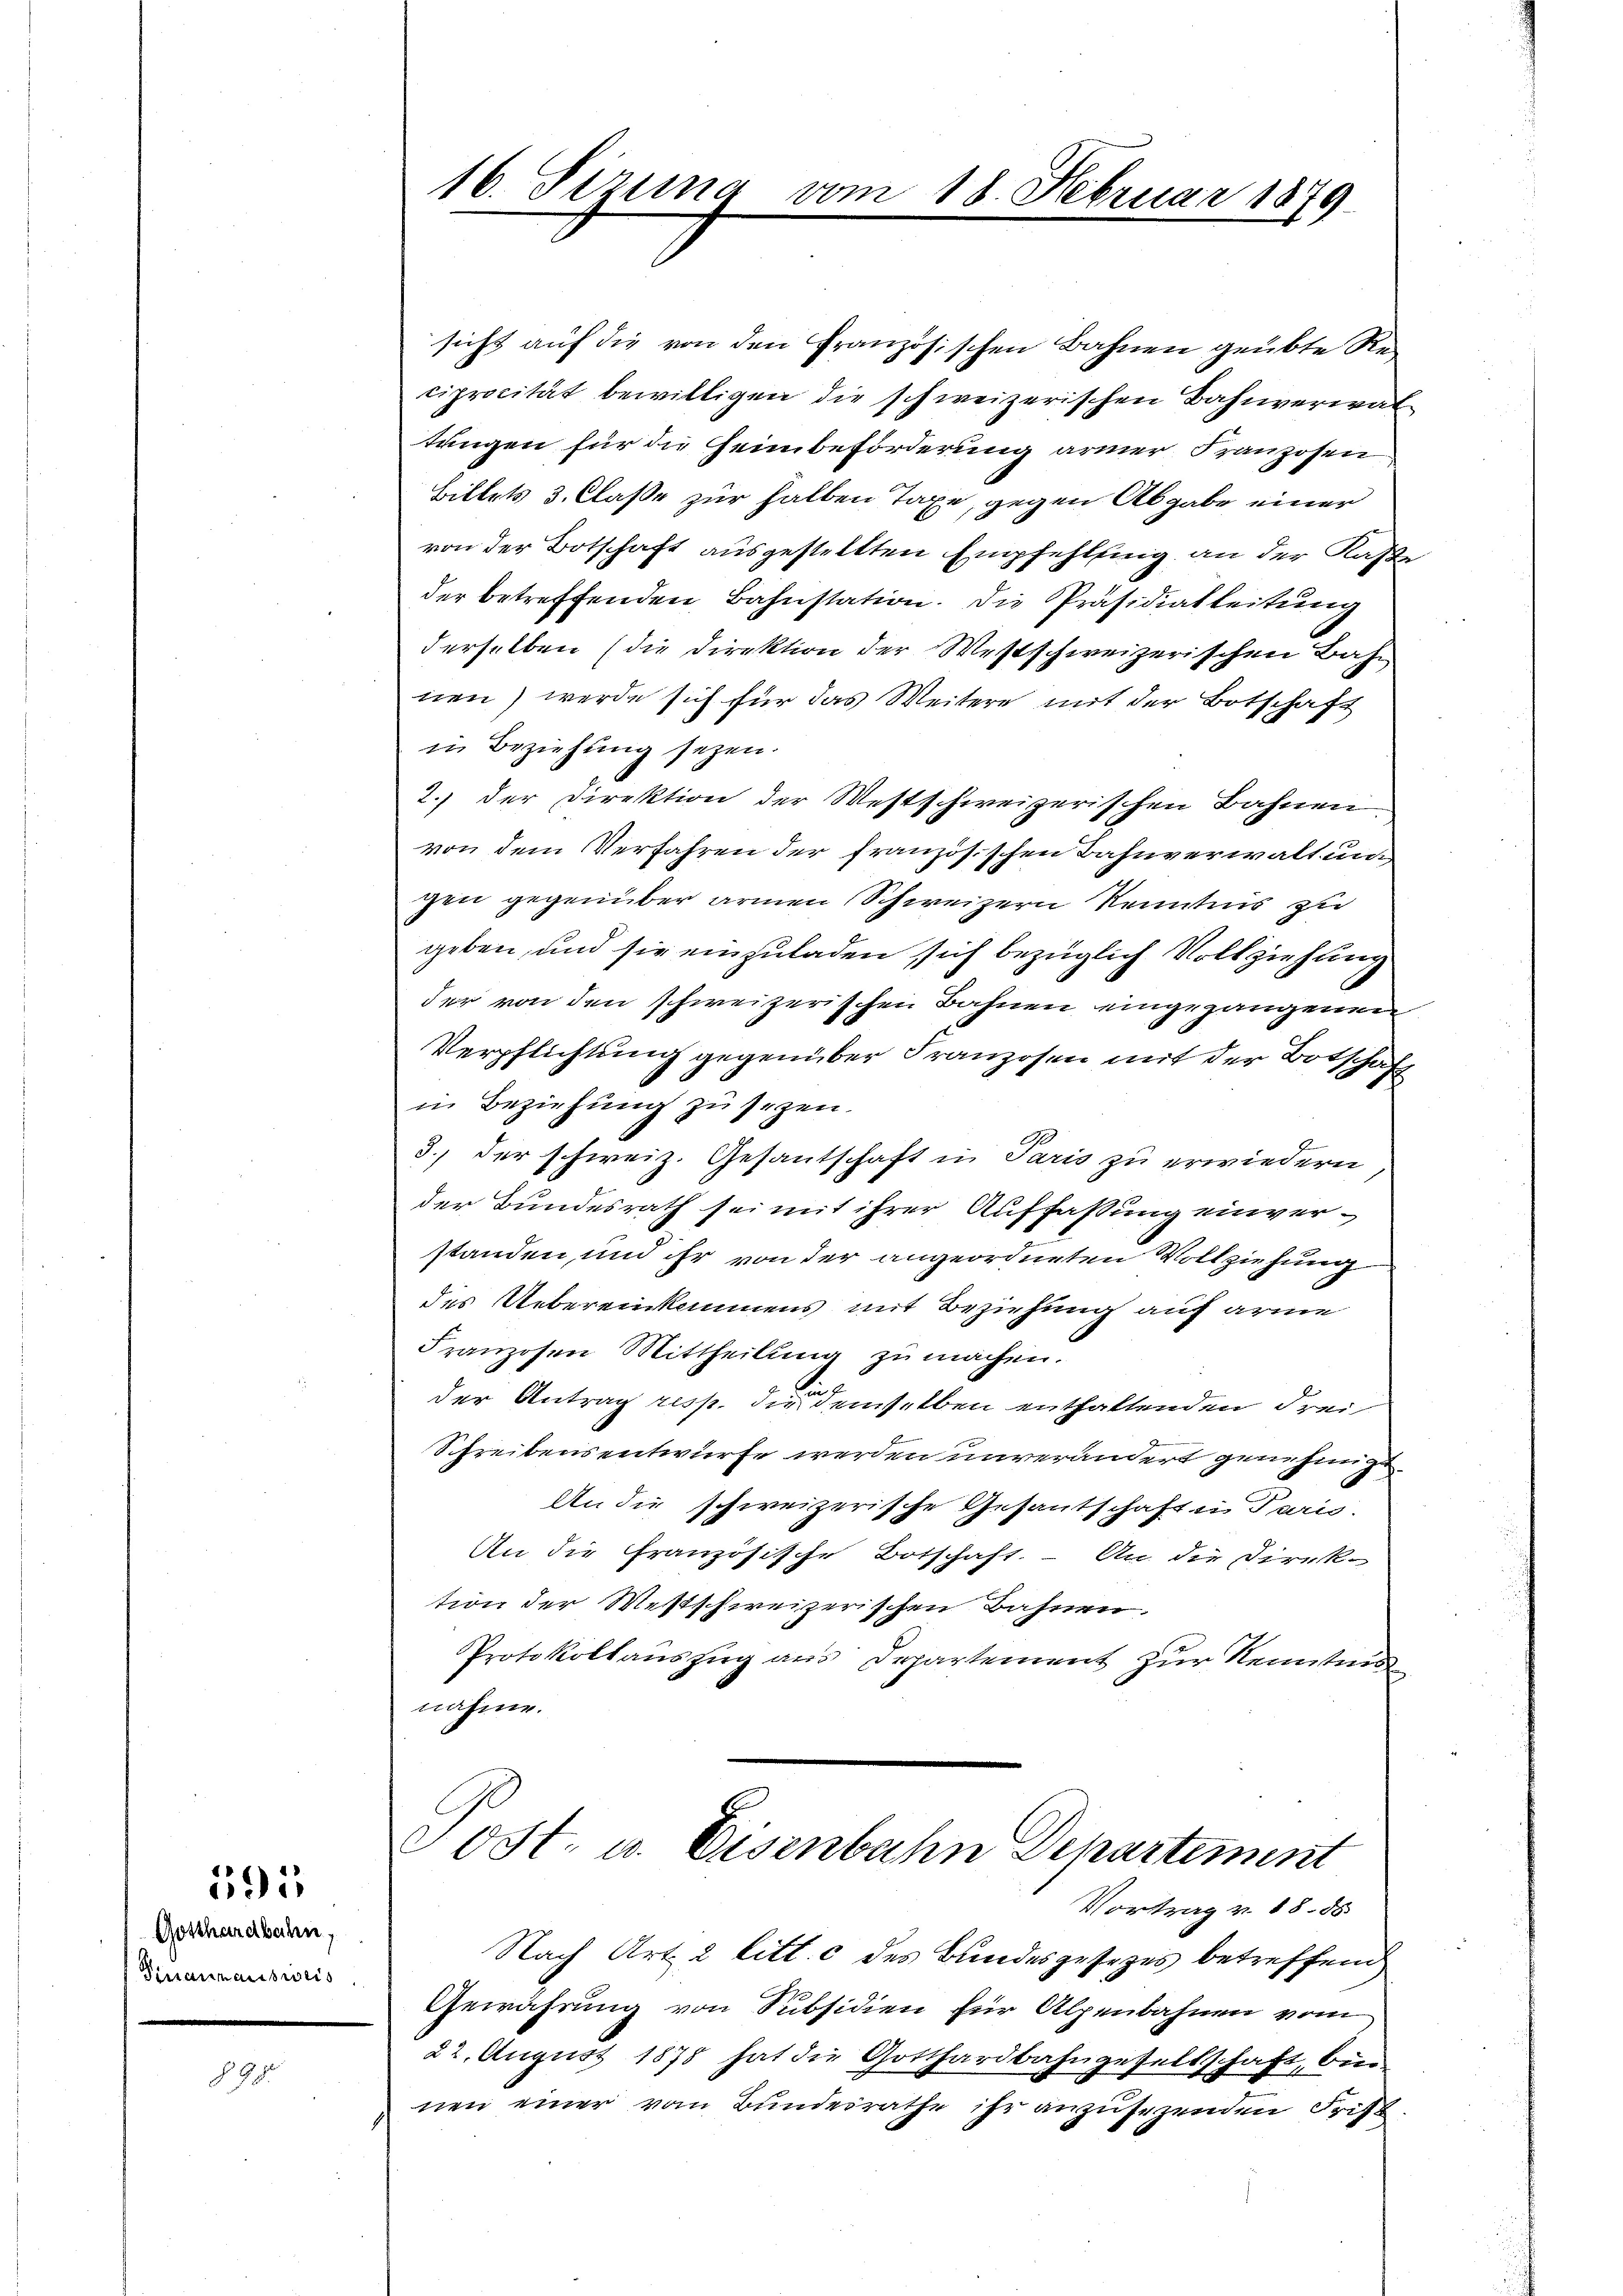
Gotthardbahn,
Giannausweis

595

§. 9.

16. Sizina

18. Februar 1879

sicht auf die von den Französischen Bahnen geübte Reciprocität bewilligen die schweizerischen Bahnverwal
tungen für die Heimbeförderung armer Franzosen
Bittels 3. Claße zur halben Taxe, gegen Abgabe einer
von der Botschaft ausgestellten Empfehlung an der Kaste
der betreffenden Bahnstation. Die Präsidiatleitung
derselben (die Direktion der Westschweizerischen Bahn
nen) werde sich für das Weitere mit der Botschaft
in Beziehung seyen.
2.) der Direktion der Westschweizerischen Bahnen
von dem Verfahren der französischen Bahnverwalt ungen gegenüber armen Schweizern Kenntnis zu
geben, und sie einzuladen sich bezüglich Vollziehung
der von den schweizerischen Bahnen eingegangenen
Verpflichtung gegenüber Franzosen mit der Botschaft
in Beziehung zu sezen.
3., der schweiz. Gesantschaft in Paris zu erwiedern,
der Bundesrath sei mit ihrer Auffassung einverstanden, und ihr von der angeordneten Vollziehung
des Uebereinkommens mit Beziehung auf arme
Franzosen Mittheilŭng zŭ machen.
der Antrag resp. die demselben enthaltenden Frei
Schreibensentwurfe werden unverändert genehmigt.
An die schweizerische Gesantschaft in Paris.
An die Französische Botschaft. – An die Direk-
tion der Westschweizerischen Bahnen.
Protokollauszug aus Departement zur Kenntni
nahme.

Post. u. Eisenbahn Departement
Vortrag v. 18. 85

Nach Art. 2 litt. c des Bundesgesezes betreffend
Gewährung von Subsidien für Alpenbahnen vom
22. August 1878 hat die Gotthardbahngesellschaft, bi
nen einer vom Bundesrathe ihr anzusezenden Frist
E